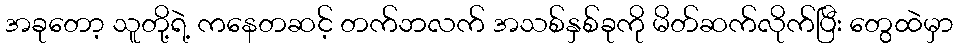
အခုတော့ သူတို့ရဲ့ ကနေတဆင့် တက်ဘလက် အသစ်နှစ်ခုကို မိတ်ဆက်လိုက်ပြီး တွေထဲမှာ